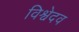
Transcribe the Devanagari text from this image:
विश्वेदव